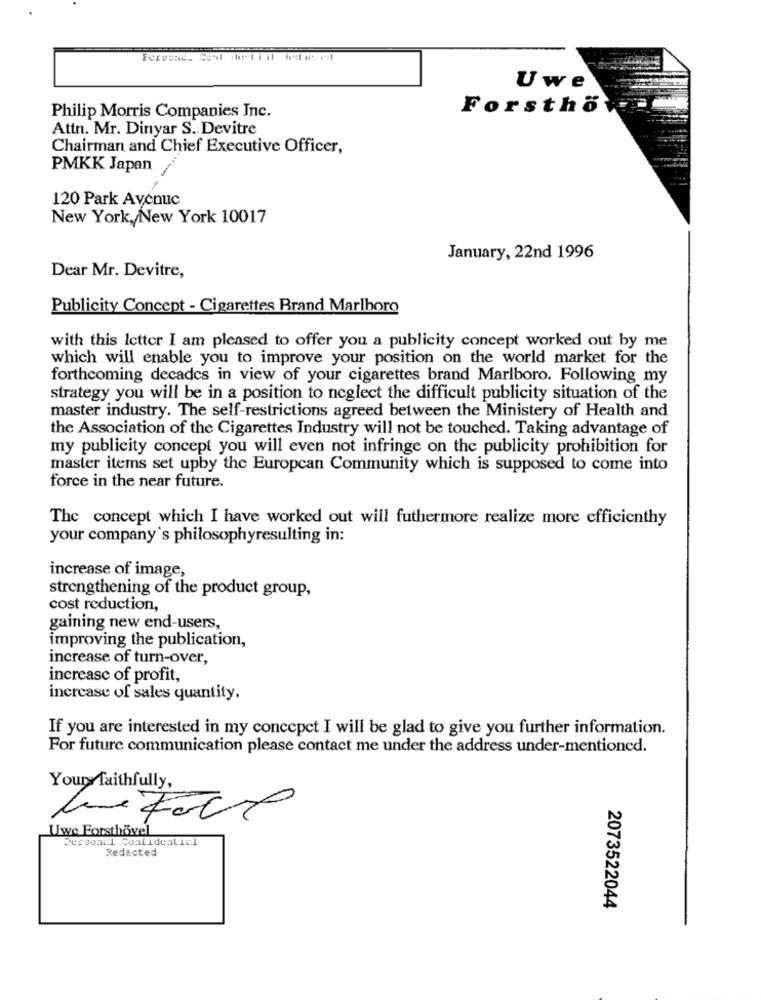
Uwe
Forsthö
Philip Morris Companies Inc.
Attn. Mr. Dinyar S. Devitre
Chairman and Chief Executive Officer,
PMKK Japan
120 Park Avenue
New York, New York 10017
January, 22nd 1996
Dear Mr. Devitre,
Publicity Concept - Cigarettes Brand Marlboro
with this letter I am pleased to offer you a publicity concept worked out by me
which will enable you to improve your position on the world market for the
forthcoming decades in view of your cigarettes brand Marlboro. Following my
strategy you will be in a position to neglect the difficult publicity situation of the
master industry. The self-restrictions agreed between the Ministery of Health and
the Association of the Cigarettes Industry will not be touched. Taking advantage of
my publicity concept you will even not infringe on the publicity prohibition for
master items set upby the European Community which is supposed to come into
force in the near future.
The concept which I have worked out will futhermore realize more efficienthy
your company's philosophyresulting in:
increase of image,
strengthening of the product group,
cost reduction,
gaining new end-users,
improving the publication,
increase of turn-over,
increase of profit,
increase of sales quantity.
If you are interested in my concepet I will be glad to give you further information.
For future communication please contact me under the address under-mentioned.
Your faithfully,
Uwe Forsthövel
Servoacl Coalidealicl
Redacted
2073522044